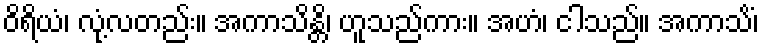
ဝိရိယံ၊ လုံ့လတည်း။ အကာသိန္တိ၊ ဟူသည်ကား။ အဟံ၊ ငါသည်။ အကာသိံ၊